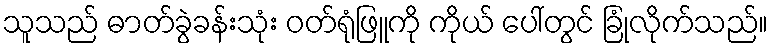
သူသည် ဓာတ်ခွဲခန်းသုံး ဝတ်ရုံဖြူကို ကိုယ် ပေါ်တွင် ခြုံလိုက်သည်။